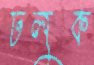
ঢলুক